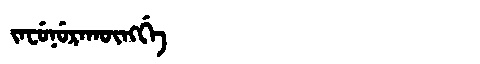
Manchu: ᠵᠠᠸᡠᠨᡠᡵᠠᡴᡡᠩᡤᡝ
Romanization: JAFUNURAKŪNGGE